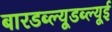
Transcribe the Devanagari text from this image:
बारडब्ल्यूडब्ल्यूई